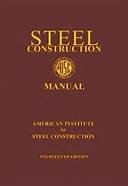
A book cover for Steel Construction Manual; American Institute of Steel Construction; Engineering & Transportation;